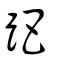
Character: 跁